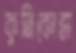
কুর্নিকোভা